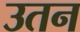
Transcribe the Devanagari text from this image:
उतन